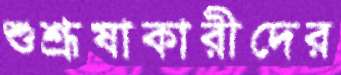
শুশ্রূষাকারীদের